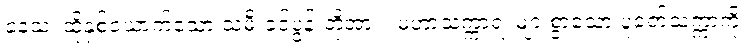
နေသံ၊ ထိုနှစ်ယောက်သော သမီးခင်ပွန်းတို့အား။ မဟာသက္ကာရံ၊ များစွာသော ပူဇော်သက္ကာကို။